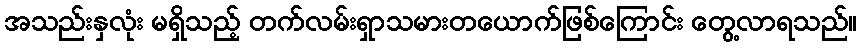
အသည်းနှလုံး မရှိသည့် တက်လမ်းရှာသမားတယောက်ဖြစ်ကြောင်း တွေ့လာရသည်။